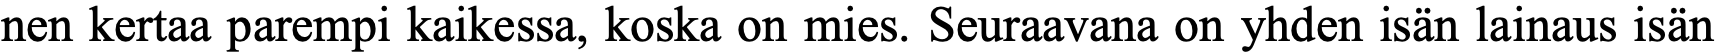
nen kertaa parempi kaikessa, koska on mies. Seuraavana on yhden isän lainaus isän